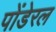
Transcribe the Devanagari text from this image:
पोंडेरल